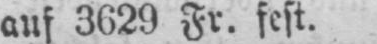
auf 3629 Fr. fest.